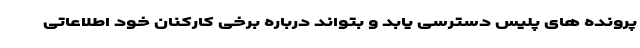
پرونده های پلیس دسترسی یابد و بتواند درباره برخی کارکنان خود اطلاعاتی